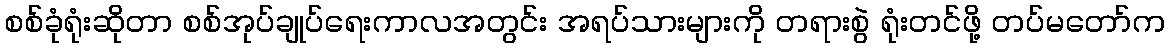
စစ်ခုံရုံးဆိုတာ စစ်အုပ်ချုပ်ရေးကာလအတွင်း အရပ်သားများကို တရားစွဲ ရုံးတင်ဖို့ တပ်မတော်က